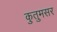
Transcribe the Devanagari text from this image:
कुतुमसर